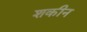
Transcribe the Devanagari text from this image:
शकीन